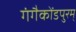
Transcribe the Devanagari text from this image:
गंगैकोंडपुरम्